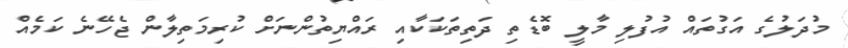
މުދަލުގެ އަގުތައް އުފުލި މާލީ ބޮޑެތި ދަތިތަކަކާއި ރައްޔިތުންނަށް ކުރިމަތިލާން ޖެހޭނެ ކަމެއް